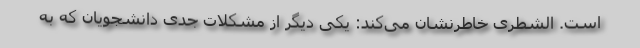
است. الشطری خاطرنشان می‌کند: یکی دیگر از مشکلات جدی دانشجویان که به